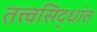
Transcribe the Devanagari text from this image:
तत्त्वसिद्धांत